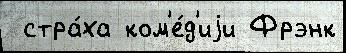
 стра́ха ком'е́д'иjи Фрэнк